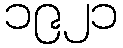
၁၉၂၁